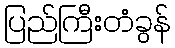
ပြည်ကြီးတံခွန်